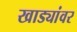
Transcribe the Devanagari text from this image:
खाड्यांवर